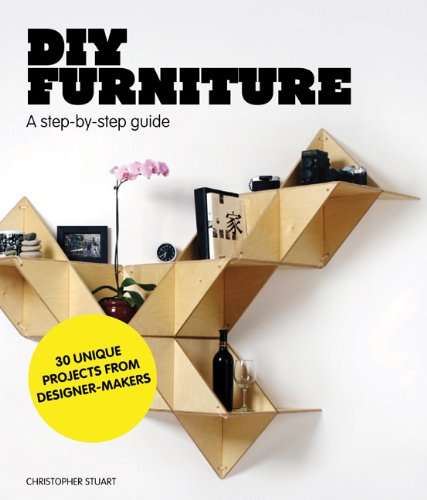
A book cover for DIY Furniture: A Step-by-Step Guide; Christopher Stuart; Arts & Photography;